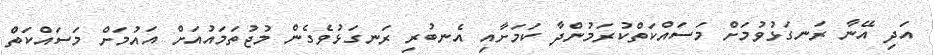
އަދި އޭނާ ރަނގަޅުވުމަށް މަސައްކަތްކުރަމުންދާ ކަމަށާއި އެނބުރި ރަނގަޅުވެގެން މުޖުތަމައުއަށް އައުމަށް މަސައްކަތް